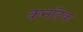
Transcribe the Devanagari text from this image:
कनॉटक